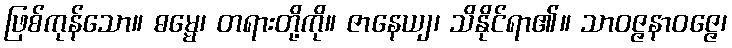
ဖြစ်ကုန်သော။ ဓမ္မေ၊ တရားတို့ကို။ ဇာနေယျ၊ သိနိုင်ရာ၏။ သာဝဇ္ဇနာဝဇ္ဇေ၊